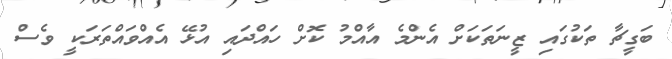
ބަގީޗާ ތަކުގައި ޒީނަތަކަށް އެންމެ އާއްމު ކޮށް ހައްދައި އުޅޭ އެއްވައްތަރަކީ ވެސް